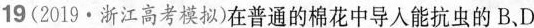
19 (2019·浙江高考模拟)在普通的棉花中导人能抗虫的B、D